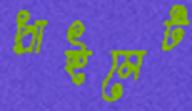
প্রাইমেট